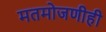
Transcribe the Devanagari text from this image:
मतमोजणीही